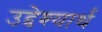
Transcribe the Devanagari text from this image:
उद्देश्यार्थ